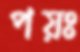
পয়ঃ